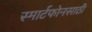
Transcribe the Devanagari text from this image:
स्मार्टफोनसाठी